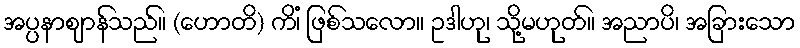
အပ္ပနာဈာန်သည်။ (ဟောတိ) ကိံ၊ ဖြစ်သလော။ ဥဒါဟု၊ သို့မဟုတ်။ အညာပိ၊ အခြားသော